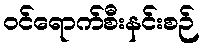
ဝင်ရောက်စီးနင်းစဉ်